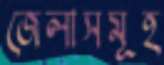
জেলাসমূহ